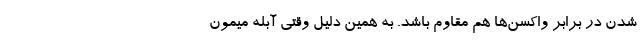
شدن در برابر واکسن‌ها هم مقاوم باشد. به همین دلیل وقتی آبله میمون